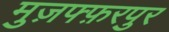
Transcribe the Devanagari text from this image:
मुज़फ्फ़रपुर